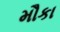
મૌકા